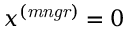
x ^ { \mathit { ( m n g r ) } } = 0